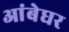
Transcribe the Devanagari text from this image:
आंबेघर